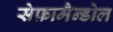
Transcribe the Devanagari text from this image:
सेफ़ामैन्डोल